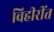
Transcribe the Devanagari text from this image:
विहीरींत